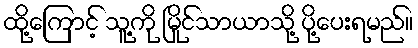
ထို့ကြောင့် သူ့ကို မြိုင်သာယာသို့ ပို့ပေးရမည်။